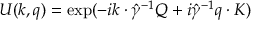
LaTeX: U ( k , q ) = \exp ( - i k \cdot \hat { \gamma } ^ { - 1 } Q + i \hat { \gamma } ^ { - 1 } q \cdot K )